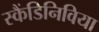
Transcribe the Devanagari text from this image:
स्कैंडिनिविया